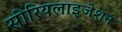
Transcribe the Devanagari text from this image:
सीरियलाइजेशन